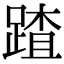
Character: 蹅